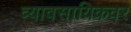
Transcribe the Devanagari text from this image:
व्यावसायिकवर